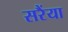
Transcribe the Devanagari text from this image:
सरैंया